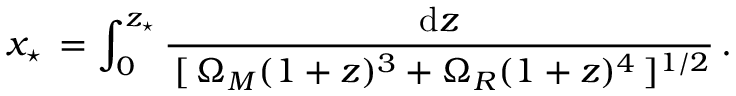
x _ { \star } \, = \int _ { 0 } ^ { z _ { \star } } \frac { \mathrm { d } z } { \, [ \, \Omega _ { M } ( 1 + z ) ^ { 3 } + \Omega _ { R } ( 1 + z ) ^ { 4 } \, ] ^ { 1 / 2 } } \, .